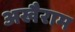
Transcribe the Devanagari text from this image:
अखैराम